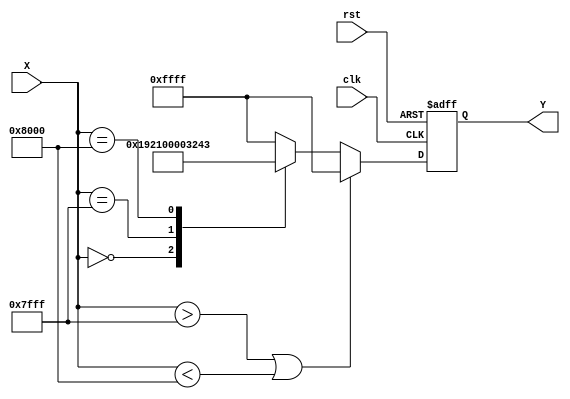
module acos_block (
    input wire [15:0] X, // Input: Fixed-point representation of cosine value (scaled by 2^15)
    output reg [15:0] Y, // Output: Fixed-point representation of angle in radians (scaled by 2^15)
    input wire clk,      // Clock signal
    input wire rst       // Reset signal
);

    // Define constants for the output values corresponding to specific input values
    localparam [15:0] PI = 16'h3243; //  (approx. 3.14159) scaled by 2^15
    localparam [15:0] PI_2 = 16'h1921; // /2 (approx. 1.5708) scaled by 2^15
    localparam [15:0] ZERO = 16'h0000; // 0 scaled by 2^15
    localparam [15:0] MAX_INPUT = 16'h7FFF; // 1.0 scaled by 2^15
    localparam [15:0] MIN_INPUT = 16'h8000; // -1.0 scaled by 2^15

    // Range check and computation
    always @(posedge clk or posedge rst) begin
        if (rst) begin
            Y <= 16'h0000; // Reset output
        end else begin
            if (X > MAX_INPUT || X < MIN_INPUT) begin
                Y <= 16'hFFFF; // Error value for out of range
            end else begin
                // Lookup table for specific values
                case (X)
                    16'h0000: Y <= PI_2; // acos(0) = /2
                    16'h7FFF: Y <= ZERO;  // acos(1) = 0
                    16'h8000: Y <= PI;    // acos(-1) = 
                    default: begin
                        // Linear interpolation or more complex computation can be added here
                        // For simplicity, we return an error value for other inputs
                        Y <= 16'hFFFF; // Error value for unsupported input
                    end
                endcase
            end
        end
    end
endmodule